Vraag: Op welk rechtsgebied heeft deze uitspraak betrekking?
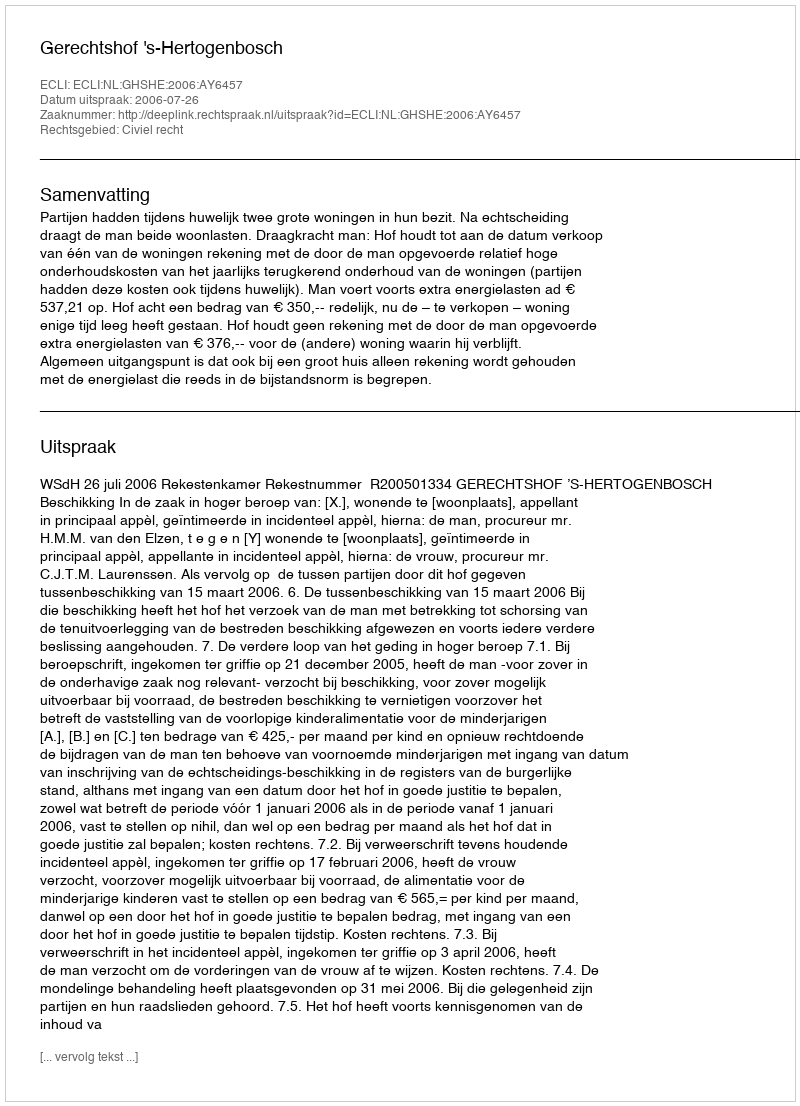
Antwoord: Civiel recht